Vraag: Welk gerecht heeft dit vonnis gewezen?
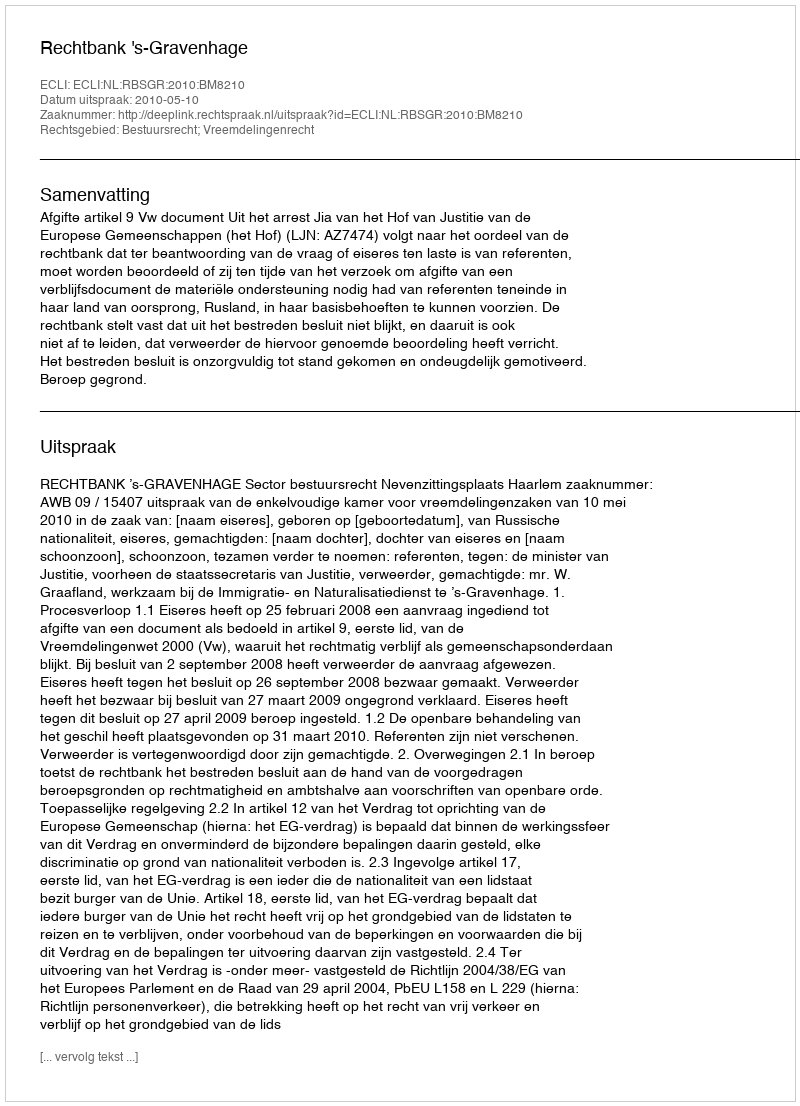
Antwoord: Rechtbank 's-Gravenhage